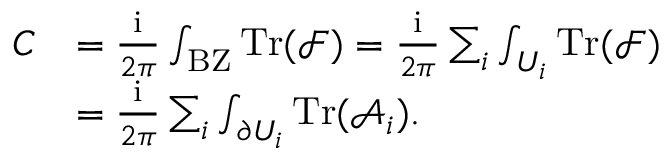
\begin{array} { r l } { C } & { = \frac { \mathrm { i } } { 2 \pi } \int _ { \mathrm { B Z } } \mathrm { T r } ( \mathcal { F } ) = \frac { \mathrm { i } } { 2 \pi } \sum _ { i } \int _ { U _ { i } } \mathrm { T r } ( \mathcal { F } ) } \\ & { = \frac { \mathrm { i } } { 2 \pi } \sum _ { i } \int _ { \partial U _ { i } } \mathrm { T r } ( \mathcal { A } _ { i } ) . } \end{array}